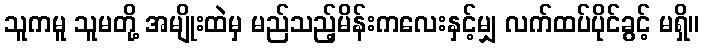
သူကမူ သူမတို့ အမျိုးထဲမှ မည်သည့်မိန်းကလေးနှင့်မျှ လက်ထပ်ပိုင်ခွင့် မရှိ။